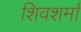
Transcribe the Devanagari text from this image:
शिवशर्मा